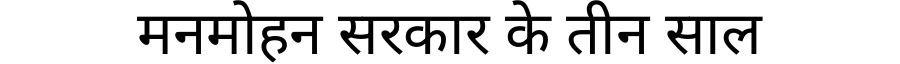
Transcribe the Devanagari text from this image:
मनमोहन सरकार के तीन साल